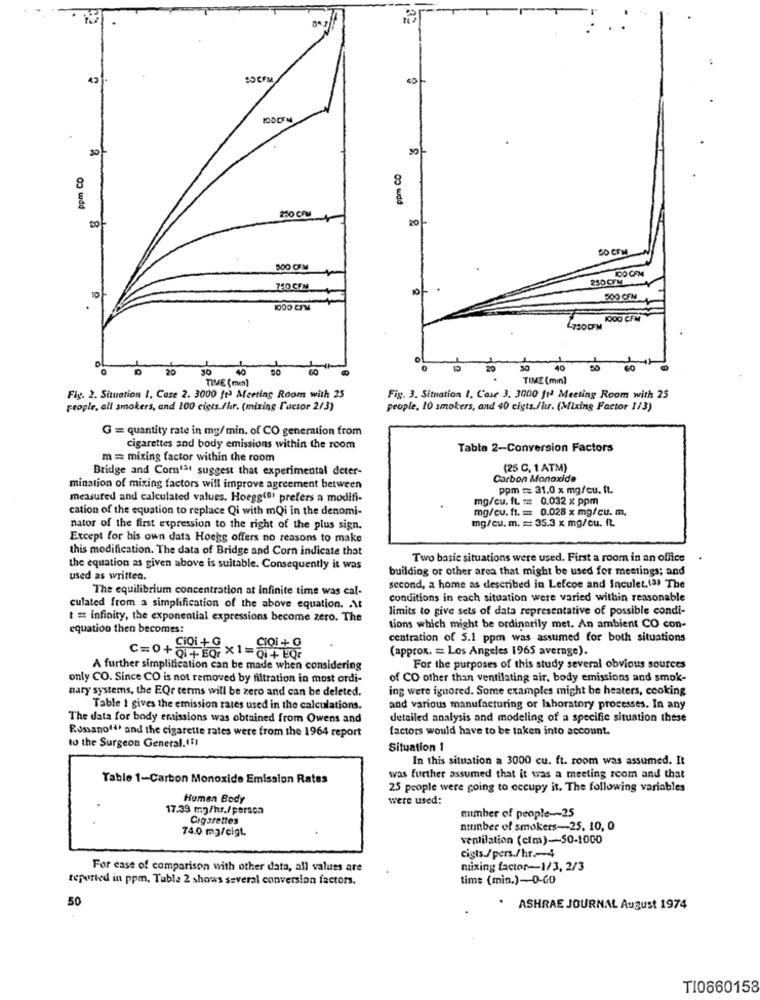
45
10
ppm CO
ppm CO
250 COM
20
SD CFM
BOO CEM
100 CFM
250 CYM
750 CFM
10
500 CFM
1000 CFM
1000 CFM
20
40
20
30
60
TIME ( men]
TIME (min)
Fig. 2. Situation 1, Case 2. 3000 ft) Meeting Room with 25
Fig. 3. Situation 1, Case 3. 3000 ft' Meeting Room with 25
people, all smokers, and 100 cigts./hr. (mixing Factor 2/3)
people, 10 smokers, and 40 cigts./lu. (Mixing Factor 1/3)
G = quantity rate in mg/min. of CO generation from
cigarettes and body emissions within the room
Tabla 2-Conversion Factors
m = mixing factor within the room
Bridge and Com'3t suggest that experimental deter-
(25 C. 1 ATM)
Carbon Monoxide
mination of mixing factors will improve agreement between
ppm == 31.0 x mg/cu. ft.
measured and calculated values. Hoegg(0) prefers a modifi-
mg/cu. ft. == 0.032 x ppm
cation of the equation to replace Qi with mQi in the denomi-
mg/cu. ft. = 0.028 x mg/cu. m.
mg/cu.m. = 35.3 x mg/cu. ft.
nator of the first expression to the right of the plus sign.
Except for his own data Hoegg offers no reasons to make
this modification. The data of Bridge and Corn indicate that
Two basic situations were used. First a room in an office
the equation as given above is suitable. Consequently it was
building or other area that might be used for meetings; and
used as written.
The equilibrium concentration at infinite time was cal-
second, a home as described in Lefcoe and Inculet.(3) The
conditions in each situation were varied within reasonable
culated from a simplification of the above equation. . At
limits to give sets of data representative of possible condi-
t = infinity, the exponential expressions become zero. The
equation then becomes:
tions which might be ordinarily met. An ambient CO con-
Cioi + G
centration of 5.1 ppm was assumed for both situations
CIOi + G
(approx. = Los Angeles 1965 average).
A further simplification can be made when considering
For the purposes of this study several obvious sources
only CO. Since CO is not removed by filtration in most ordi-
of CO other than ventilating air, body emissions and smok-
nary systems, the EQr terms will be zero and can be deleted.
ing were ignored. Some examples might be heaters, cooking
Table 1 gives the emission rates used in the calculations.
and various manufacturing or laboratory processes. In any
The data for body emissions was obtained from Owens and
detailed analysis and modeling of a specific situation these
Rossanof4, and the cigarette rates were from the 1964 report
factors would have to be taken into account.
to the Surgeon General.(1)
Situation 1
In this situation a 3000 cu. ft. room was assumed. It
Table 1-Carbon Monoxide Emission Rates
was further assumed that it was a meeting room and that
25 people were going to occupy it. The following variables
Human Body
were used:
17.39 mg/hr./person
Cigarettes
number of people -~ 25
74.0 mg/cigt.
number of smokers-25. 10, 0
ventilation (cim)-50-1000
cigts./pers./hr .- 4
For case of comparison with other data, all values are
mixing factor-1/3, 2/3
reported in ppm. Table 2 shows several conversion factors.
time (min.)-0-GO
50
. ASHRAE JOURNAL August 1974
T10660158